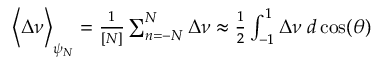
\begin{array} { r } { \bigg \langle \Delta \nu \bigg \rangle _ { \psi _ { N } } = \frac { 1 } { [ N ] } \sum _ { n = - N } ^ { N } \Delta \nu \approx \frac { 1 } { 2 } \int _ { - 1 } ^ { 1 } \Delta \nu \; d \cos ( \theta ) } \end{array}